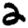
Digit: 2